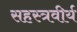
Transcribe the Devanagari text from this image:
सहस्त्रवीर्य